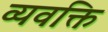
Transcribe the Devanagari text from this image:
व्यवक्ति